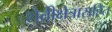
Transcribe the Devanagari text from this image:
शेतीक्षेत्रासहित